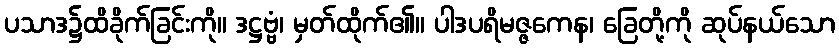
ပသာဒ၌ထိခိုက်ခြင်းကို။ ဒဋ္ဌဗ္ဗံ၊ မှတ်ထိုက်၏။ ပါဒပရိမဇ္ဇကေန၊ ခြေတို့ကို ဆုပ်နယ်သော